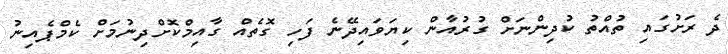
ދެ ރަށުގައި ތުއްތު ކުދިންނަށް ގުރުއާން ކިޔަވައިދޭނެ ފަހި ގޮތެއް ގާއިމްކޮށްދިނުމަށް ކެމްޕެއިނު